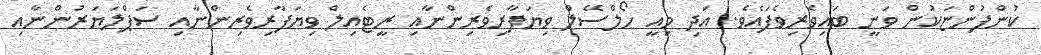
ކުންފުންޏަކުން ވަނީ ބައިވެރިވެފައެވެ. އަދި މިއީ ހޯލްސޭލް ވިޔަފާރިވެރިންނާއި ރީޓެއިލް ވިޔަފާރިވެރިންނާއި ސަޕްލަޔަރުންނާއި